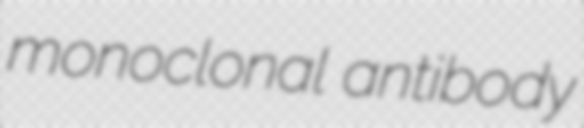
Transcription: monoclonal antibody